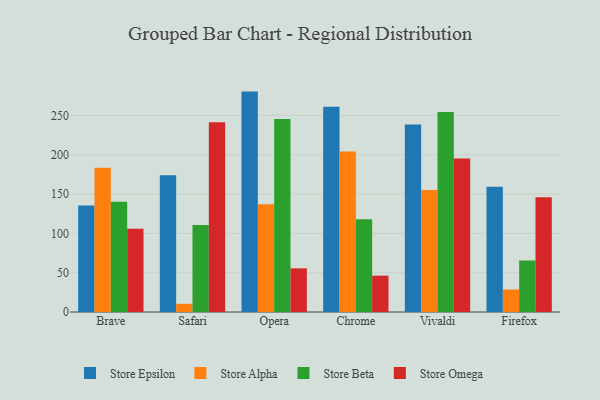
{"axis": {"x": "Browser", "y": "Latency (ms)"}, "legend": ["Store Alpha", "Store Beta", "Store Epsilon", "Store Omega"], "data": [{"x": "Brave", "y": 135.4, "type": "Store Epsilon"}, {"x": "Brave", "y": 183.3, "type": "Store Alpha"}, {"x": "Brave", "y": 140.3, "type": "Store Beta"}, {"x": "Brave", "y": 106.0, "type": "Store Omega"}, {"x": "Safari", "y": 173.8, "type": "Store Epsilon"}, {"x": "Safari", "y": 10.4, "type": "Store Alpha"}, {"x": "Safari", "y": 110.6, "type": "Store Beta"}, {"x": "Safari", "y": 241.4, "type": "Store Omega"}, {"x": "Opera", "y": 280.3, "type": "Store Epsilon"}, {"x": "Opera", "y": 137.1, "type": "Store Alpha"}, {"x": "Opera", "y": 245.6, "type": "Store Beta"}, {"x": "Opera", "y": 55.5, "type": "Store Omega"}, {"x": "Chrome", "y": 261.0, "type": "Store Epsilon"}, {"x": "Chrome", "y": 204.2, "type": "Store Alpha"}, {"x": "Chrome", "y": 118.1, "type": "Store Beta"}, {"x": "Chrome", "y": 46.2, "type": "Store Omega"}, {"x": "Vivaldi", "y": 238.5, "type": "Store Epsilon"}, {"x": "Vivaldi", "y": 155.0, "type": "Store Alpha"}, {"x": "Vivaldi", "y": 254.2, "type": "Store Beta"}, {"x": "Vivaldi", "y": 195.1, "type": "Store Omega"}, {"x": "Firefox", "y": 159.2, "type": "Store Epsilon"}, {"x": "Firefox", "y": 28.6, "type": "Store Alpha"}, {"x": "Firefox", "y": 65.6, "type": "Store Beta"}, {"x": "Firefox", "y": 146.0, "type": "Store Omega"}]}